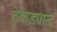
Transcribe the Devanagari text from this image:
टेकड्यात